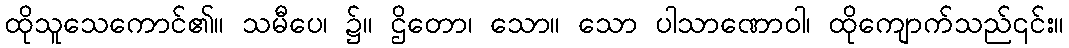
ထိုသူသေကောင်၏။ သမီပေ၊ ၌။ ဌိတော၊ သော။ သော ပါသာဏောဝါ၊ ထိုကျောက်သည်၎င်း။